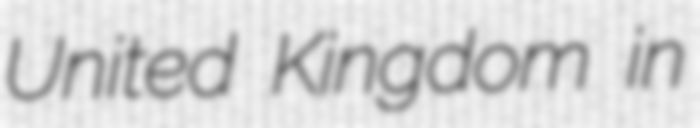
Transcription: United Kingdom in